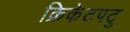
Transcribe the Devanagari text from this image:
क्रिकेटपटु